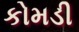
કોમડી